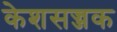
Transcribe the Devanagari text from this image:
केशसज्जक